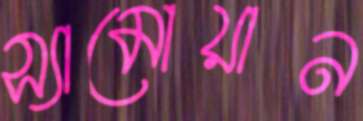
স্যামোয়ান